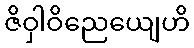
ဇိဝှါဝိညေယျေဟိ